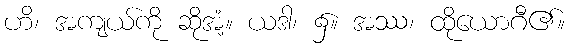
ဟိ၊ အကျယ်ကို ဆိုအံ့။ ယဒါ၊ ၌။ အဿ၊ ထိုယောဂီ၏။